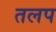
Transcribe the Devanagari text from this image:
तलप